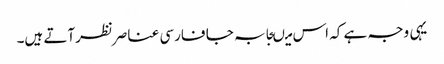
یہی وجہ ہے کہ اس میںجابہ جا فارسی عناصرنظرآتے ہیں۔